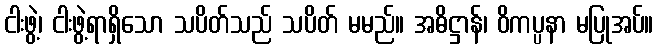
ငါးဖွဲ့၊ ငါးဖွဲ့ရာရှိသော သပိတ်သည် သပိတ် မမည်။ အဓိဋ္ဌာန်၊ ဝိကပ္ပနာ မပြုအပ်။